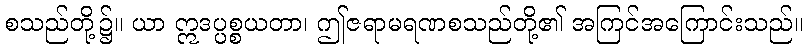
စသည်တို့၌။ ယာ ဣဒပ္ပစ္စယတာ၊ ဤဇရာမရဏစသည်တို့၏ အကြင်အကြောင်းသည်။